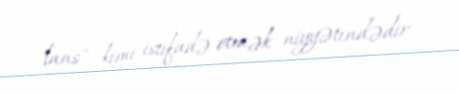
"lans" kimi istifadə etmək niyyətindədir.